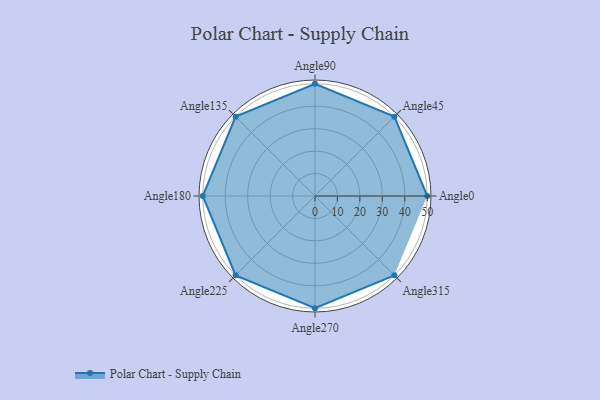
{"axis": {"x": "Angle", "y": "Radius"}, "legend": [""], "data": [{"x": "Angle0", "y": 50, "type": ""}, {"x": "Angle45", "y": 50, "type": ""}, {"x": "Angle90", "y": 50, "type": ""}, {"x": "Angle135", "y": 50, "type": ""}, {"x": "Angle180", "y": 50, "type": ""}, {"x": "Angle225", "y": 50, "type": ""}, {"x": "Angle270", "y": 50, "type": ""}, {"x": "Angle315", "y": 50, "type": ""}]}